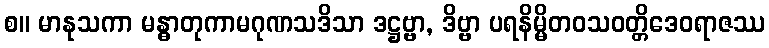
စ။ မာနုသကာ မန္ဓာတုကာမဂုဏသဒိသာ ဒဋ္ဌဗ္ဗာ, ဒိဗ္ဗာ ပရနိမ္မိတဝသဝတ္တိဒေဝရာဇဿ